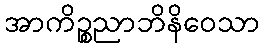
အာကိဉ္စညာဘိနိဝေသာ